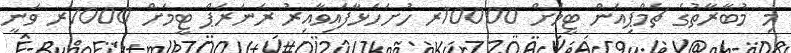
މި މުބާރާތުގެ ޗެމްޕިއަން ޓީމަށް 10000ރ ހުށަހަޅާފައިވާއިރު ރަނަރަޕް ޓީމަށް 7000ރ ވަނީ